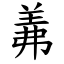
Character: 羛